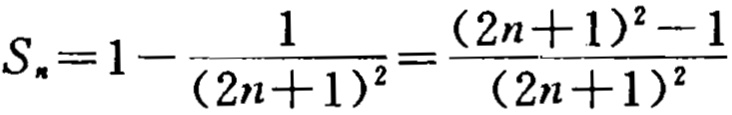
\(S_{n}=1 - \frac{1}{(2n + 1)^{2}}=\frac{(2n + 1)^{2}-1}{(2n + 1)^{2}}\)